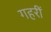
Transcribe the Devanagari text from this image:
गहरीं